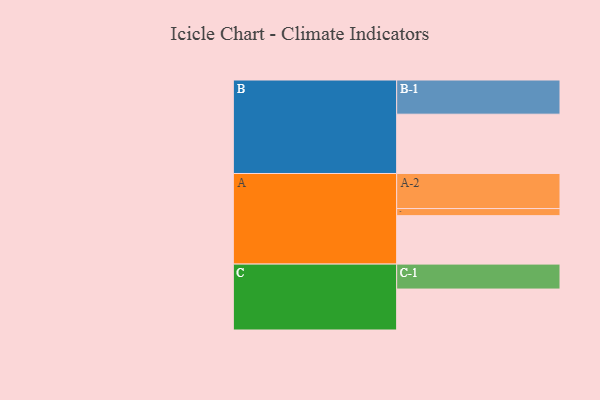
{"axis": {"x": "Segment", "y": "Value"}, "legend": ["", "A", "B", "C"], "data": [{"x": "A", "y": 388, "type": ""}, {"x": "B", "y": 475, "type": ""}, {"x": "C", "y": 328, "type": ""}, {"x": "A-1", "y": 57, "type": "A"}, {"x": "A-2", "y": 281, "type": "A"}, {"x": "B-1", "y": 274, "type": "B"}, {"x": "C-1", "y": 200, "type": "C"}]}